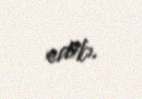
edib.